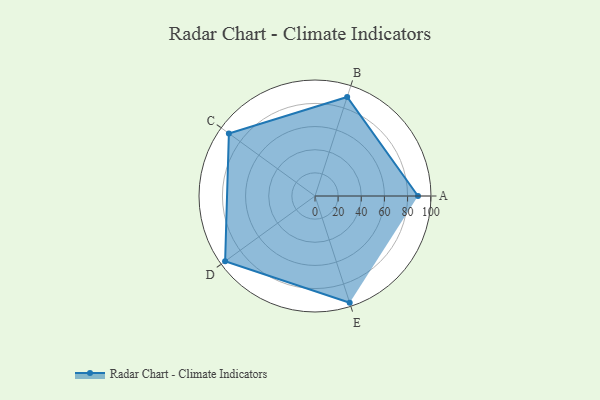
{"axis": {"x": "Skill", "y": "Score"}, "legend": ["Profile"], "data": [{"x": "A", "y": 89.0, "type": "Profile"}, {"x": "B", "y": 90.0, "type": "Profile"}, {"x": "C", "y": 92.0, "type": "Profile"}, {"x": "D", "y": 96.0, "type": "Profile"}, {"x": "E", "y": 97.0, "type": "Profile"}]}